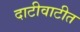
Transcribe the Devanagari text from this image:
दाटीवाटीत